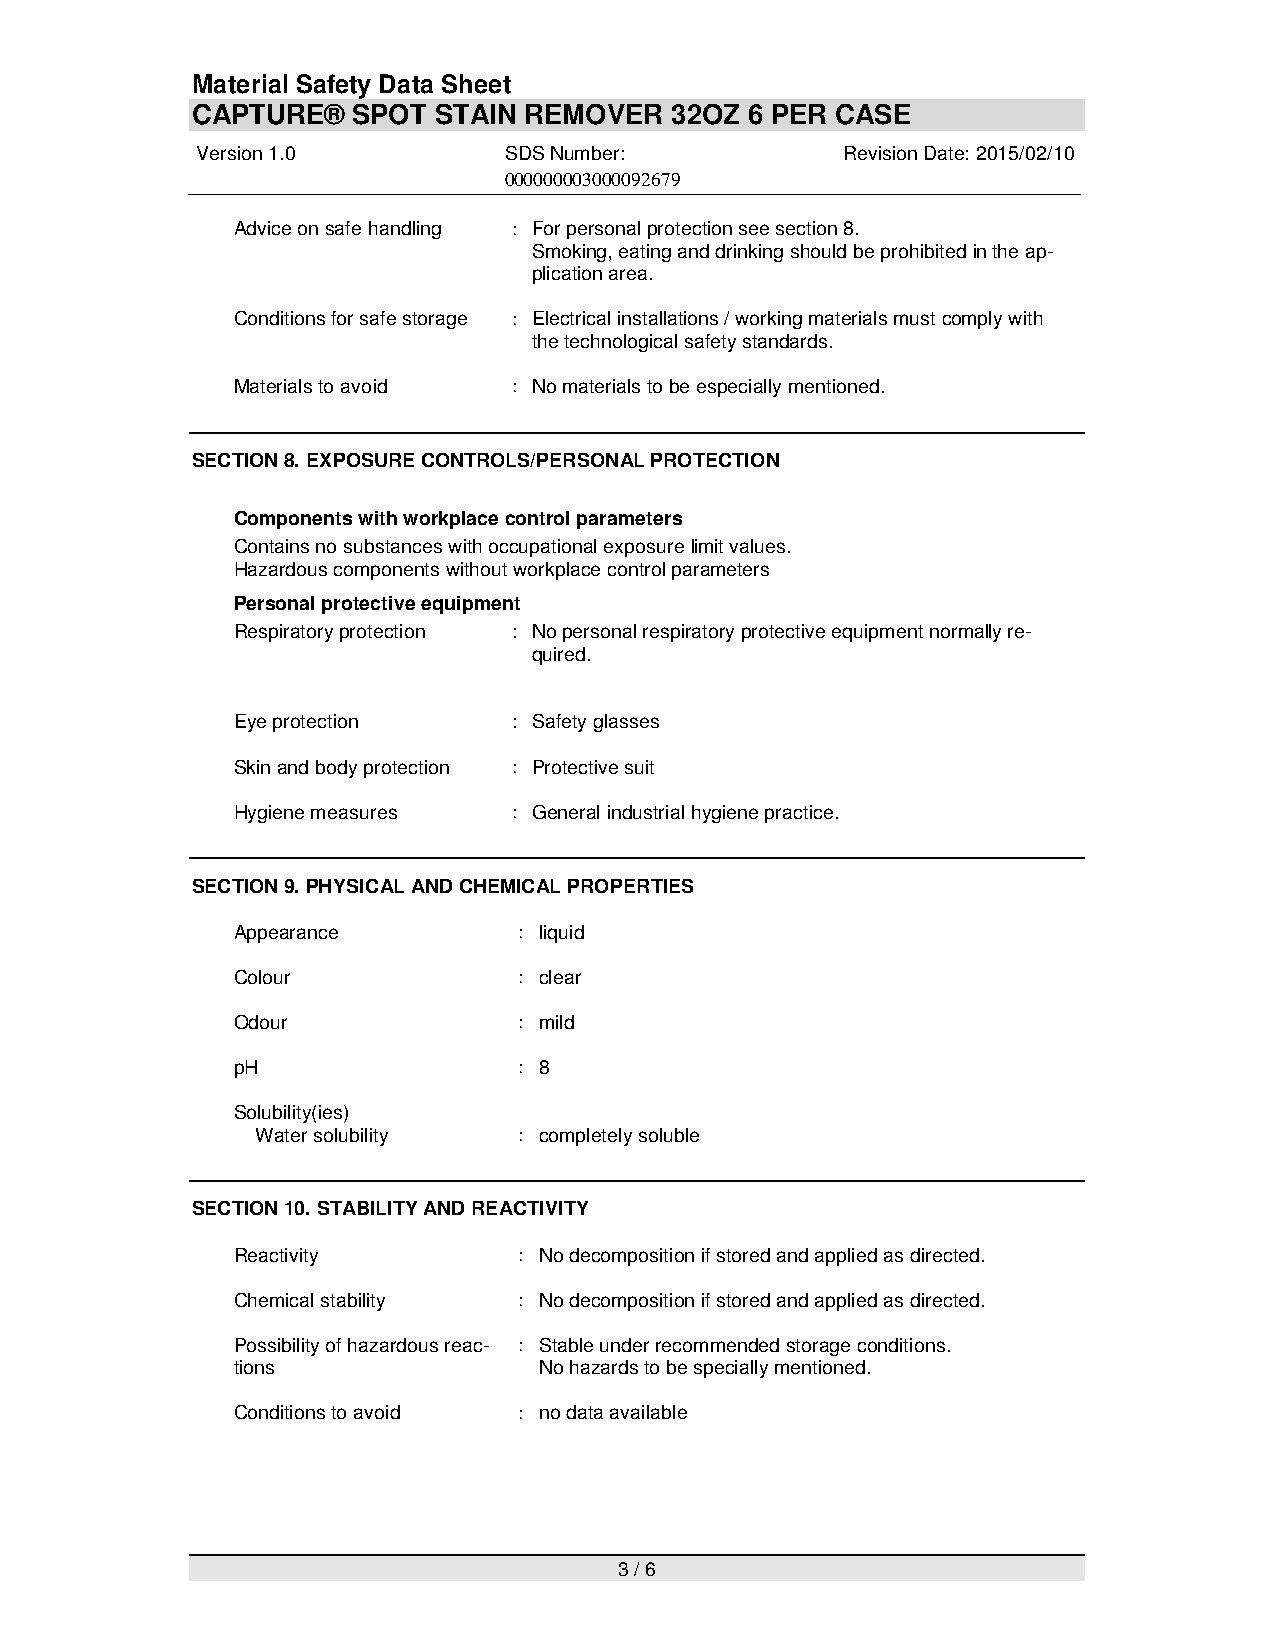
Material Safety Data Sheet
 CAPTURE®  SPOT  STAIN REMOVER  32OZ  6 PER CASE
 Version 1.0         SDS Number:            Revision Date: 2015/02/10
 000000003000092679
 Advice on safe handling : For personal protection see section 8.
 Smoking, eating and drinking should be prohibited in the ap-
 plication area.
 Conditions for safe storage : Electrical installations / working materials must comply with
 the technological safety standards.
 Materials to avoid : No materials to be especially mentioned.
 SECTION 8. EXPOSURE CONTROLS/PERSONAL PROTECTION
 Components with workplace control parameters
 Contains no substances with occupational exposure limit values.
 Hazardous components without workplace control parameters
 Personal protective equipment
 Respiratory protection : No personal respiratory protective equipment normally re-
 quired.
 Eye protection     : Safety glasses
 Skin and body protection : Protective suit
 Hygiene measures   : General industrial hygiene practice.
 SECTION 9. PHYSICAL AND CHEMICAL PROPERTIES
 Appearance         : liquid
 Colour             : clear
 Odour              : mild
 pH                 : 8
 Solubility(ies)
 Water solubility : completely soluble
 SECTION 10. STABILITY AND REACTIVITY
 Reactivity         : No decomposition if stored and applied as directed.
 Chemical stability : No decomposition if stored and applied as directed.
 Possibility of hazardous reac- : Stable under recommended storage conditions.
 tions                No hazards to be specially mentioned.
 Conditions to avoid : no data available
 3 / 6